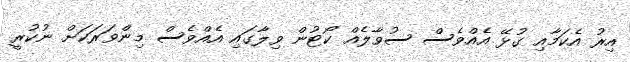
އިރު އެކަމާއި ގުޅޭ އެއްވެސް ސުވާލެއް ކޯޓުން ވިލާގައި އެއްްވެސް މިންވަރަކަށް ނުކުރީ